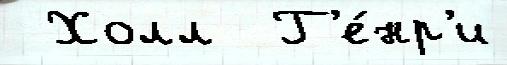
 Холл  Г'е́нр'и